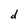
Character: d